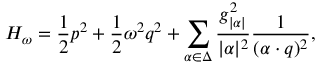
{ \cal H } _ { \omega } = { \frac { 1 } { 2 } } p ^ { 2 } + { \frac { 1 } { 2 } } \omega ^ { 2 } q ^ { 2 } + \sum _ { \alpha \in \Delta } { \frac { g _ { | \alpha | } ^ { 2 } } { | \alpha | ^ { 2 } } } { \frac { 1 } { ( \alpha \cdot q ) ^ { 2 } } } ,